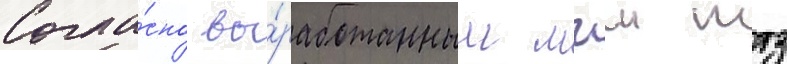
Согла́сно вы́работанным мгш ттз